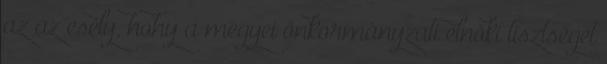
az az esély, hohy a megyei önkormányzati elnöki tisztséget